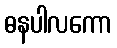
ဓနပါလကော